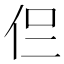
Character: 𠇝